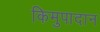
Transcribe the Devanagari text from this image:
किमुपादान